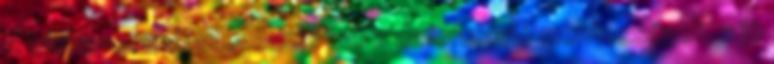
A zárkapocsnál ellenõrizni kell a deformáció mentességet, a jó